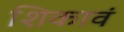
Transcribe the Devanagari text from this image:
शिकावं